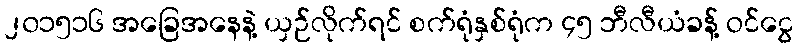
၂၀၁၅၁၆ အခြေအနေနဲ့ ယှဉ်လိုက်ရင် စက်ရုံနှစ်ရုံက ၄၅ ဘီလီယံခန့် ဝင်ငွေ